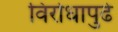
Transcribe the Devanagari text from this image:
विरोधापुढे